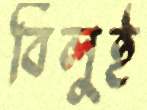
বিলুই